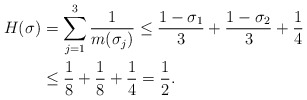
\begin{align*}H(\sigma)&=\sum_{j=1}^3\frac {1}{m(\sigma_j)}\le\frac{1-\sigma_1}{3}+\frac{1-\sigma_2}{3}+\frac{1}{4}\\&\le \frac 18+\frac 18+\frac 14=\frac 12.\end{align*}